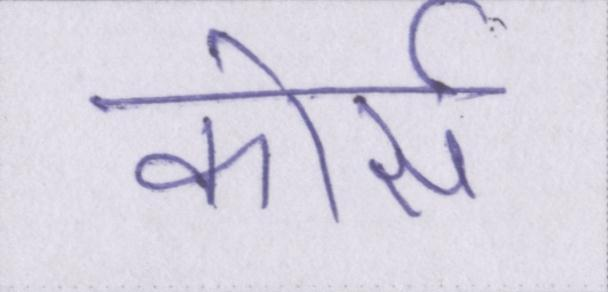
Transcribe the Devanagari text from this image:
कोर्स